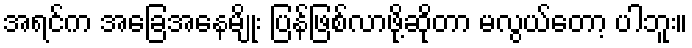
အရင်က အခြေအနေမျိုး ပြန်ဖြစ်လာဖို့ဆိုတာ မလွယ်တော့ ပါဘူး။